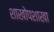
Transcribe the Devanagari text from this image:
शाखोपशाखा